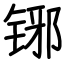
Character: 铘